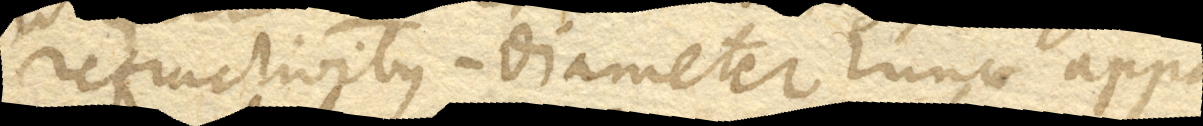
refractionibus. Diameter lunae appa–